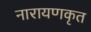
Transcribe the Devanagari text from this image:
नारायणकृत